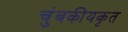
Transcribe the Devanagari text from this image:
चुंबकीयकृत